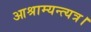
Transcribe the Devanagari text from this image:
आश्राम्यन्त्यत्र।